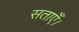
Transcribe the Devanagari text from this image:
सताएँ।